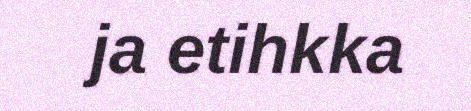
ja etihkka